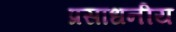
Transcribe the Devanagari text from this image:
प्रसाधनीय